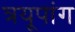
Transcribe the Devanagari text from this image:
त्रयूपांग